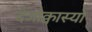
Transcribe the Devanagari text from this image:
देजोक्वास्यों